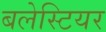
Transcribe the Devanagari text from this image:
बलेस्टियर